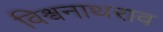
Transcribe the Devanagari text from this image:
विश्वनाथराव